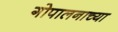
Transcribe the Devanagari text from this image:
गोपालनाच्या